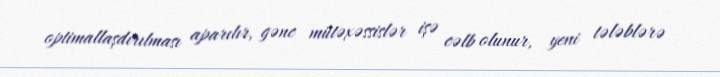
optimallaşdırılması aparılır, gənc mütəxəssislər işə cəlb olunur, yeni tələblərə